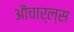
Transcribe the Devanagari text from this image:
औचार्ल्स